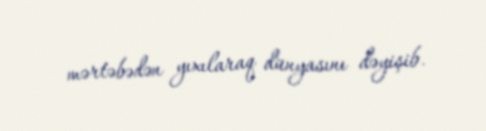
mərtəbədən yıxılaraq dünyasını dəyişib.